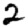
Digit: 2